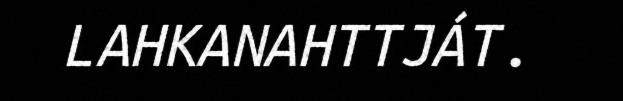
LAHKANAHTTJÁT.